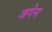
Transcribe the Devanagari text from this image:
जगेन